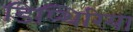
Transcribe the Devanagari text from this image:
डिप्थिरिया